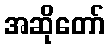
အဆိုတော်